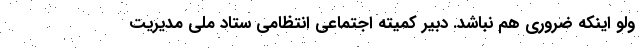
ولو اینکه ضروری هم نباشد. دبیر کمیته اجتماعی انتظامی ستاد ملی مدیریت